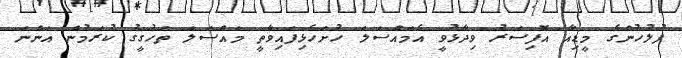
ފުލުހުންގެ މީޑިއާ އޮފިސަރު ވިދާޅުވީ އެމައްސަލަ ހުށަހެޅިފައިވާތީ މައްސަލަ ތަހުގީގު ކުރަމުން އަންނަ